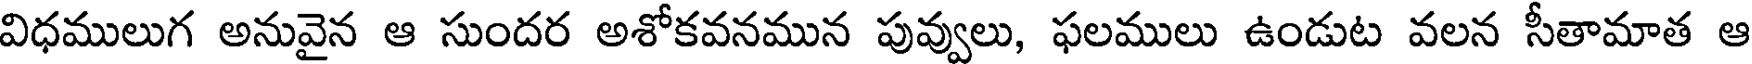
విధములుగ అనువైన ఆ సుందర అశోకవనమున పువ్వులు, ఫలములు ఉండుట వలన సీతామాత ఆ